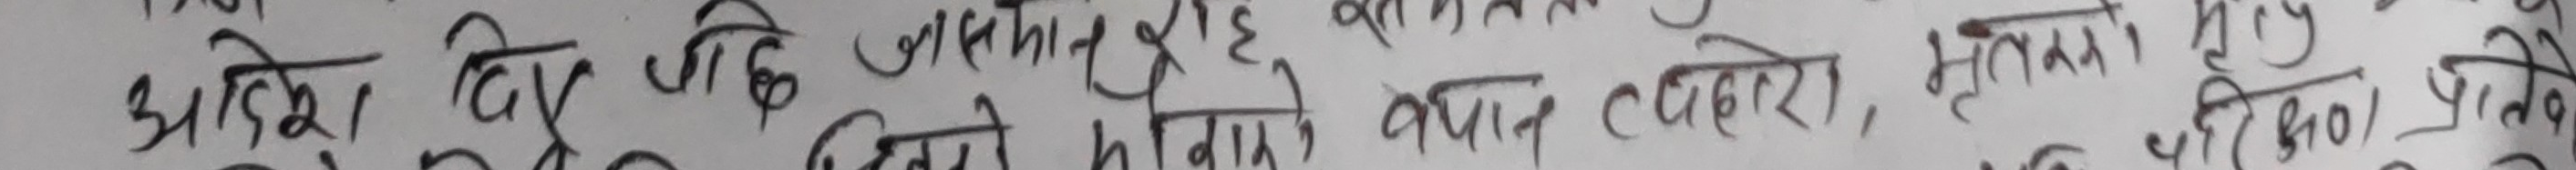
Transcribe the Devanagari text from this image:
अदेश दिइ जो छे जसको अनमोल छै छ, मैदान भित्रको कपट चरीको झुट प्रत्येक